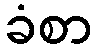
ခံစာ